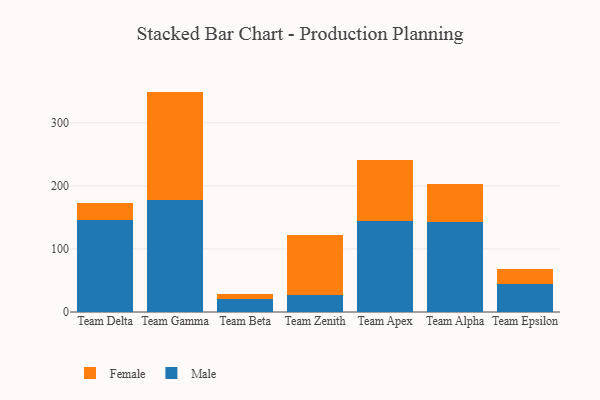
{"axis": {"x": "Team", "y": "Market Share (%)"}, "legend": ["Female", "Male"], "data": [{"x": "Team Delta", "y": 146.6, "type": "Male"}, {"x": "Team Delta", "y": 26.8, "type": "Female"}, {"x": "Team Gamma", "y": 176.8, "type": "Male"}, {"x": "Team Gamma", "y": 172.6, "type": "Female"}, {"x": "Team Beta", "y": 21.3, "type": "Male"}, {"x": "Team Beta", "y": 6.8, "type": "Female"}, {"x": "Team Zenith", "y": 26.5, "type": "Male"}, {"x": "Team Zenith", "y": 95.8, "type": "Female"}, {"x": "Team Apex", "y": 143.5, "type": "Male"}, {"x": "Team Apex", "y": 96.7, "type": "Female"}, {"x": "Team Alpha", "y": 142.5, "type": "Male"}, {"x": "Team Alpha", "y": 60.8, "type": "Female"}, {"x": "Team Epsilon", "y": 44.5, "type": "Male"}, {"x": "Team Epsilon", "y": 24.2, "type": "Female"}]}